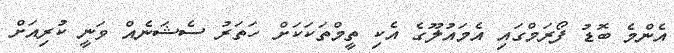
އެންމެ ބޮޑު ފޯރަމްގައި އެމައުލޫގެ އެކި ތީމްތަކަކަށް ހަތަރު ސެޝަނެއް ވަނީ ކުރިއަށް